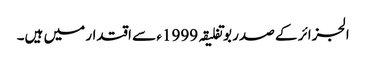
الجزائر کے صدر بوتفلیقہ 1999ء سے اقتدار میں ہیں۔